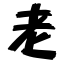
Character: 老